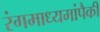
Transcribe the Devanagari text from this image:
रंगमाध्यमांपैकी